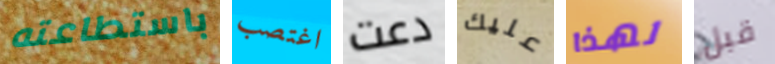
باستطاعته اغتصب دعت عليك لهذا قبل